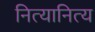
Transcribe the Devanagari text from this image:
नित्यानित्य